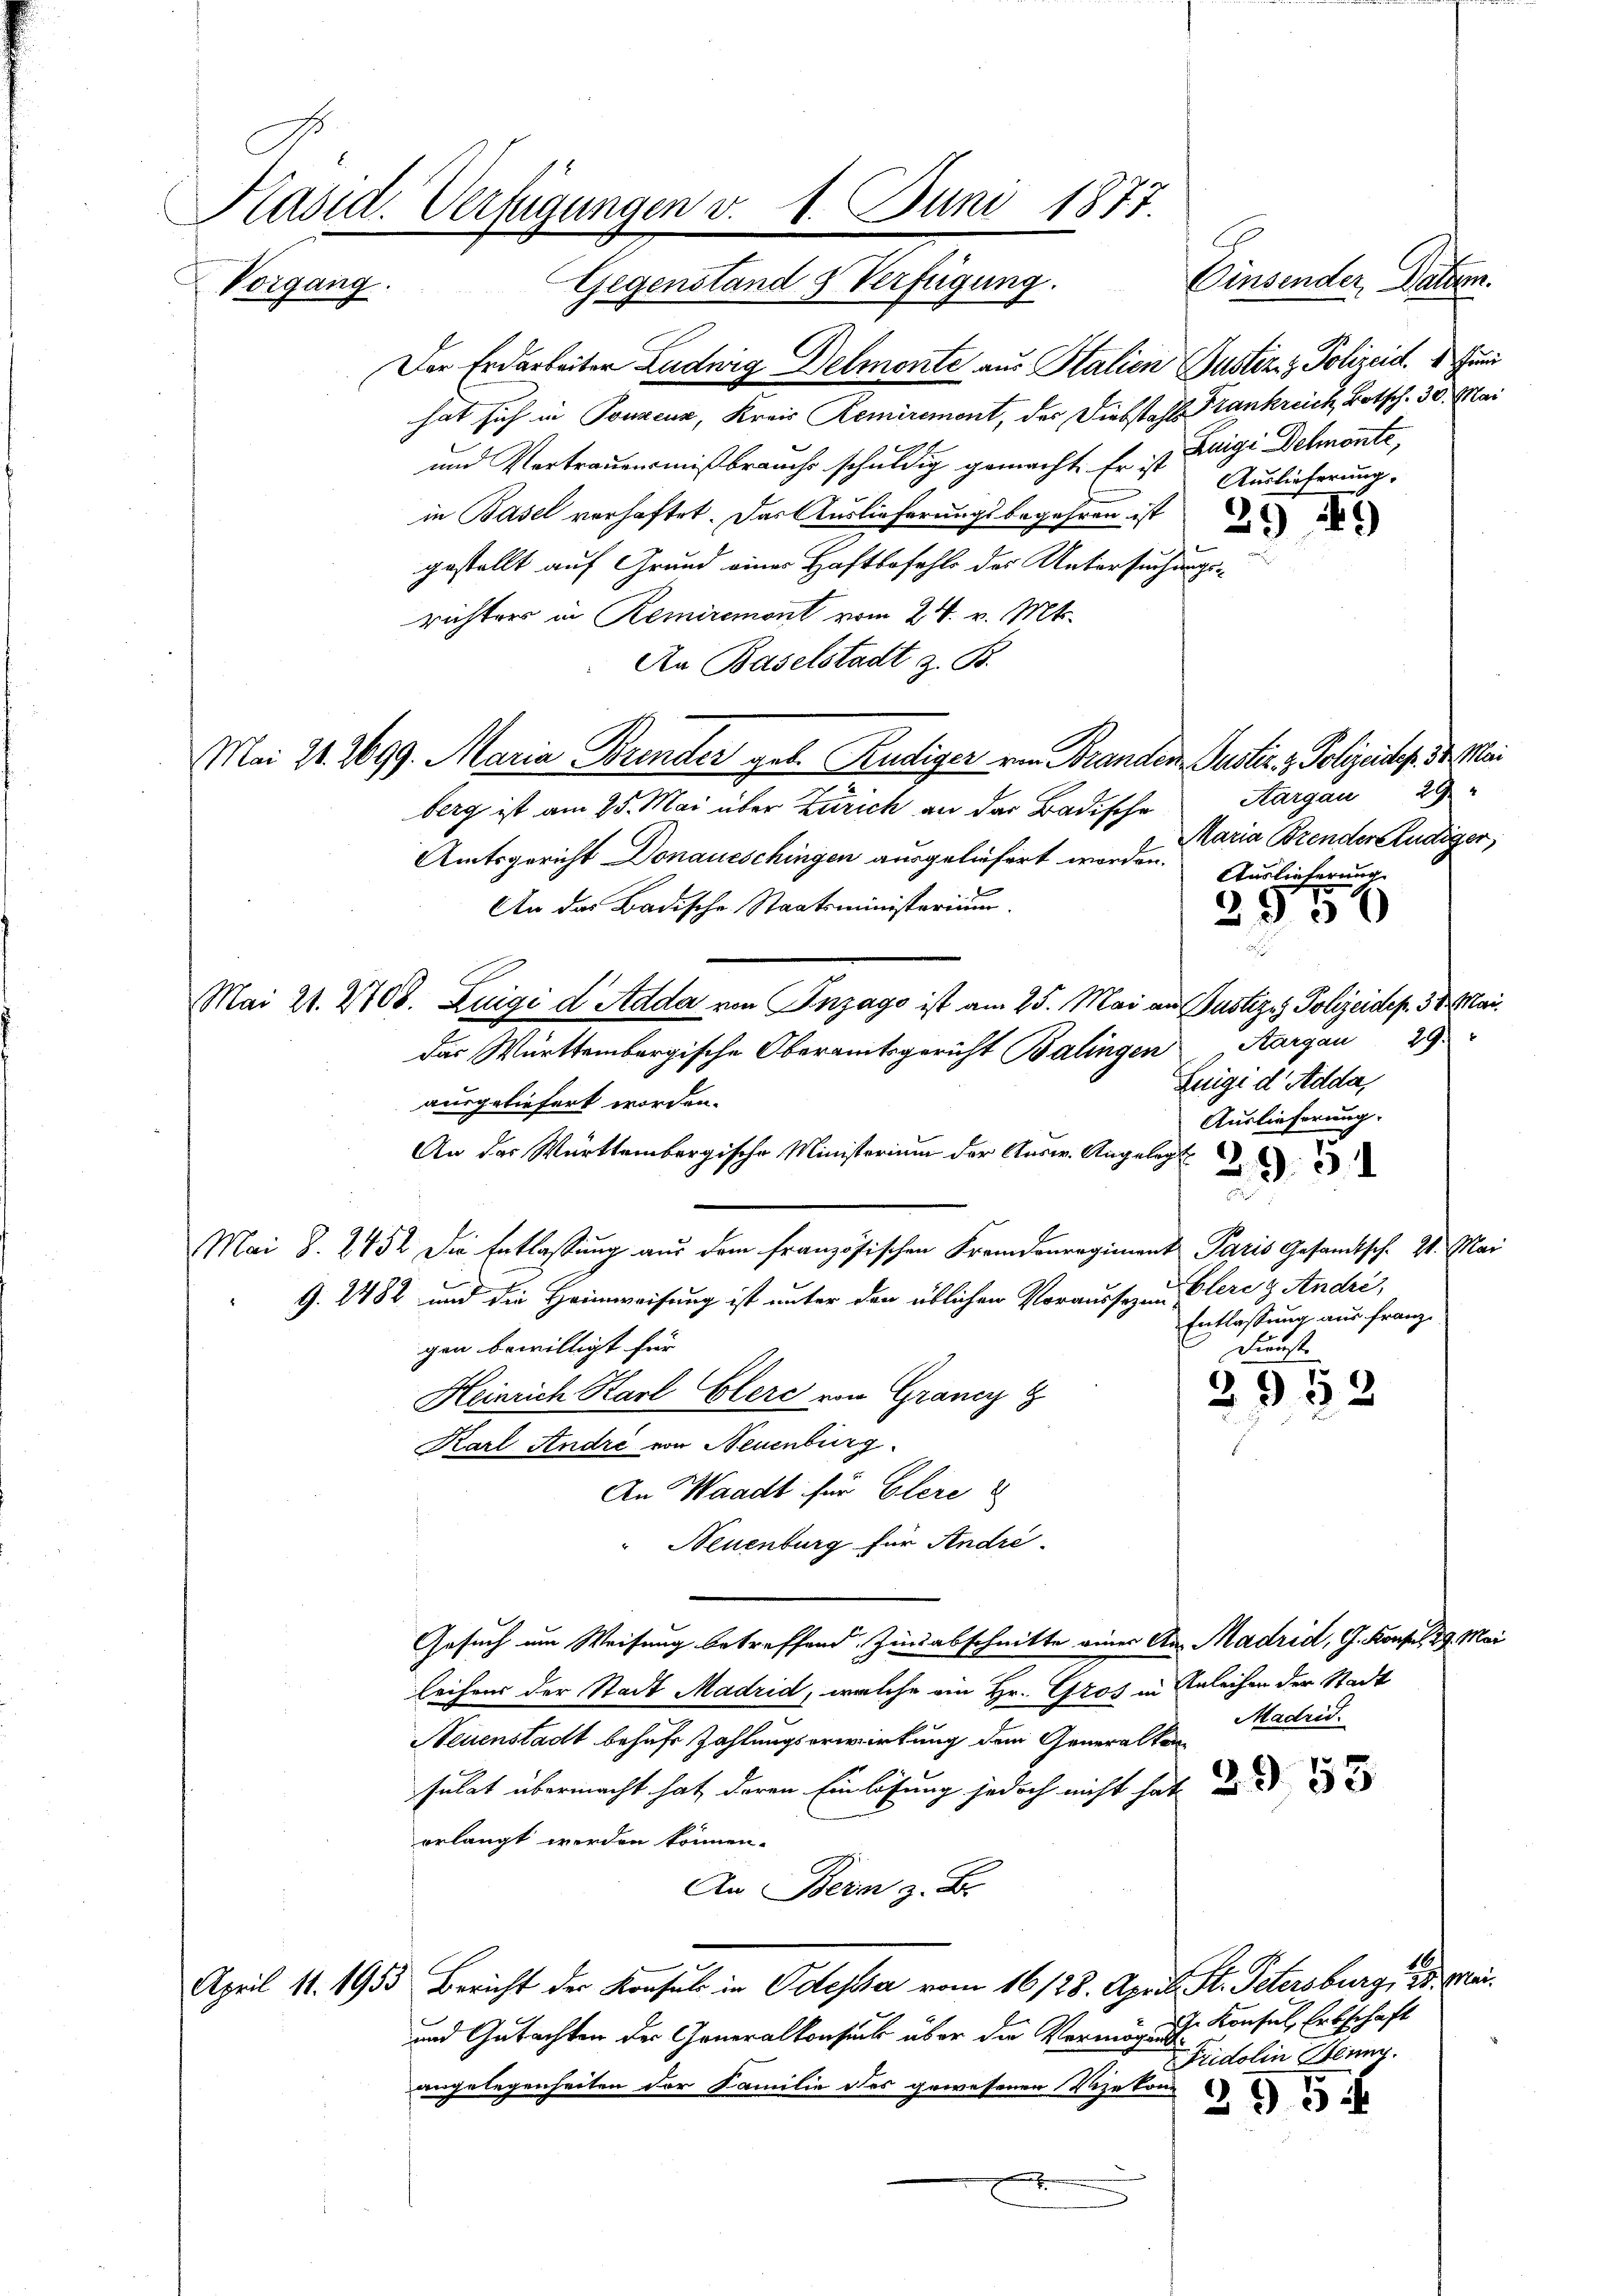
Vorgang.

Der Erdarbeiter Ludwig Delmonte aus Stalien Gustiz & Polizeid. Juni
hat sich in Ponzenz, Kreis Remirement, der Diebstahls Frankreich, Botsch. 30. Mai
und Vertrauensmißbrauche schuldig gemacht. Er ist Luigi Dehnönte,
Auslieferung.
in Basel verhaftet. Das Auslieferungsbegehren ist da
3
gestellt auf Grund eines Haftbefehls des Untersuchungsrichters in Remiremont vom 24. v. Mts.
An Baselstadt z. B.
Mai 21. 2699. Maria Brender geb. Peudiger von Branden Guster. z. Polizeides. 30. Mai
Aargau 29
berg ist am 25. Mai über Zürich an der Badische
Maria Brenderendiger,
Amtsgericht Donaueschingen ausgeliefert worden. Auslieferung
An das Badische Staatsministerium.
395
Mai 21. 2708. Luigi d Adda von Inzago ist am 25. Mai an Justiz. Polizeidep. 31. Mai
Aargau 29.
das Württembergische Oberamtsgericht Balingen
Luigi d. Adda,
ausgeliefert worden.
Auslieferung.
An das Württembergische Ministerium der Ausw. Angelegt
295
Mai S. 2452 die Entlassung aus dem französischen Fremdenregiment Paris Gesandtsch. 21. Mai
G. 2482 und die Heimweisung ist unter den üblichen Voraussagen Eleres André,
Entlassung aus Franz
gen bewilligt für
Dienst.
Heinrich Karl Clere von Graniz
2953
Karl André von Neuenburg
An Waadt für Elere
Neuenburg für Andre.
Gesuch um Weisung betreffend Zinsabschnitte einer Aus Madrid, G. Konsul 29. Mar
leihens der Stadt Madrid, welche an Hr. Gros in Anleihen der Stadt
Madrid.
Neuenstadt behufs Zahlungserwirkung dem Generalkom
sulat übermacht hat, deren Einlösung jedoch nicht hat und
erlangt werden können.
An Bern z. B.
April 11. 1955 Bericht der Konsuls in Odessa vom 16/28. April. St. Petersburg, d. Mai
In Konsul Erbschaft
und Gutachten der Generalkonsuch über die Vermögens¬
Fridolin Blung.
angelegenheiten der Familie des gewesenen Vizekon
2954
x
e

Päsid. Verfügungen v. 1. Juni 1877.
Sichen.
1
.
l
Gegenstand & Verfügung